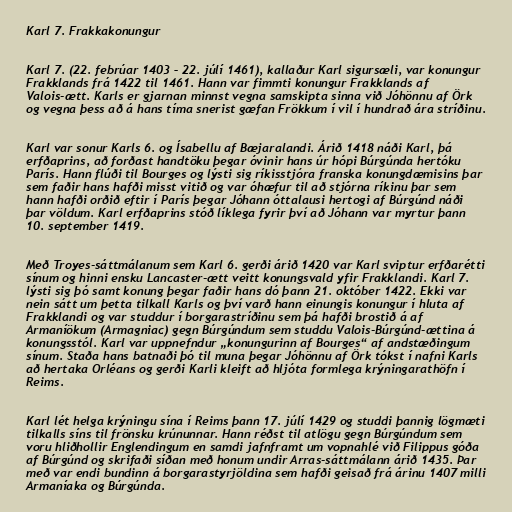
Karl 7. Frakkakonungur

Karl 7. (22. febrúar 1403 – 22. júlí 1461), kallaður Karl sigursæli, var konungur
Frakklands frá 1422 til 1461. Hann var fimmti konungur Frakklands af
Valois-ætt. Karls er gjarnan minnst vegna samskipta sinna við Jóhönnu af Örk
og vegna þess að á hans tíma snerist gæfan Frökkum í vil í hundrað ára stríðinu.

Karl var sonur Karls 6. og Ísabellu af Bæjaralandi. Árið 1418 náði Karl, þá
erfðaprins, að forðast handtöku þegar óvinir hans úr hópi Búrgúnda hertóku
París. Hann flúði til Bourges og lýsti sig ríkisstjóra franska konungdæmisins þar
sem faðir hans hafði misst vitið og var óhæfur til að stjórna ríkinu þar sem
hann hafði orðið eftir í París þegar Jóhann óttalausi hertogi af Búrgúnd náði
þar völdum. Karl erfðaprins stóð líklega fyrir því að Jóhann var myrtur þann
10. september 1419.

Með Troyes-sáttmálanum sem Karl 6. gerði árið 1420 var Karl sviptur erfðarétti
sínum og hinni ensku Lancaster-ætt veitt konungsvald yfir Frakklandi. Karl 7.
lýsti sig þó samt konung þegar faðir hans dó þann 21. október 1422. Ekki var
nein sátt um þetta tilkall Karls og því varð hann einungis konungur í hluta af
Frakklandi og var studdur í borgarastríðinu sem þá hafði brostið á af
Armaníökum (Armagniac) gegn Búrgúndum sem studdu Valois-Búrgúnd-ættina á
konungsstól. Karl var uppnefndur „konungurinn af Bourges“ af andstæðingum
sínum. Staða hans batnaði þó til muna þegar Jóhönnu af Örk tókst í nafni Karls
að hertaka Orléans og gerði Karli kleift að hljóta formlega krýningarathöfn í
Reims.

Karl lét helga krýningu sína í Reims þann 17. júlí 1429 og studdi þannig lögmæti
tilkalls síns til frönsku krúnunnar. Hann réðst til atlögu gegn Búrgúndum sem
voru hliðhollir Englendingum en samdi jafnframt um vopnahlé við Filippus góða
af Búrgúnd og skrifaði síðan með honum undir Arras-sáttmálann árið 1435. Þar
með var endi bundinn á borgarastyrjöldina sem hafði geisað frá árinu 1407 milli
Armaníaka og Búrgúnda.